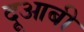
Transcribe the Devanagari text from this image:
दूआबी